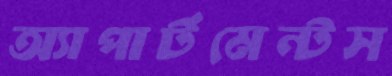
অ্যাপার্টমেন্টস